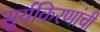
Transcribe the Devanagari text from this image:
सूर्यकिरणांची